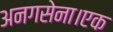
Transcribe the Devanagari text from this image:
अनगसेना।एक